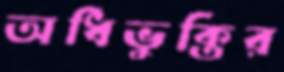
অধিভুক্তির